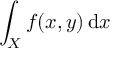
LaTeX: \int _ { X } f ( x , y ) \, { \mathrm { d } } x